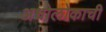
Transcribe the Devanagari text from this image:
अधोलोकाची